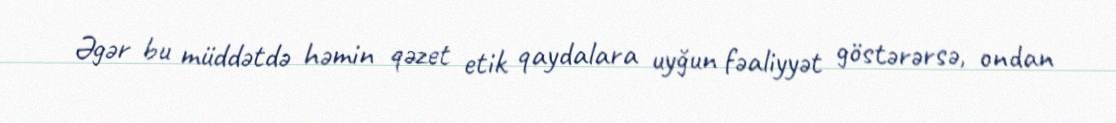
Əgər bu müddətdə həmin qəzet etik qaydalara uyğun fəaliyyət göstərərsə, ondan